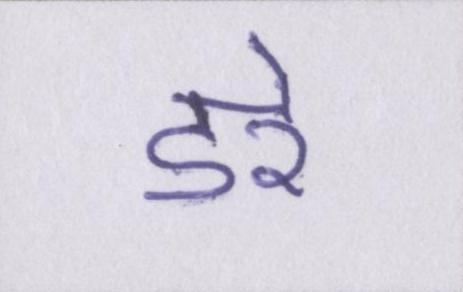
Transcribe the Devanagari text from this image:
डरे